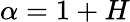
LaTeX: \alpha=1+H